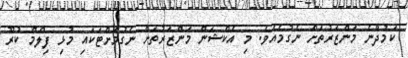
ކަމުދާނެ މަންޒަރުތަށް ނެގުމެއެވެ. މި އެކްޝަން މަންޒަރުތަށް ނެގުމަށްޓަކައި މުޅި ފިލްމް ކުރޫ